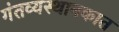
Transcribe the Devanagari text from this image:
गंतव्यस्थानकात